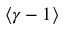
\langle \gamma - 1 \rangle